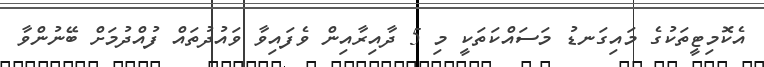
އެކޮމިޓީތަކުގެ މައިގަނޑު މަސައްކަތަކީ މި 5 ދާއިރާއިން ވެފައިވާ ވައުދުތައް ފުއްދުމަށް ބޭނުންވާ